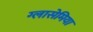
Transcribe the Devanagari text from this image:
ग्लासेमिया